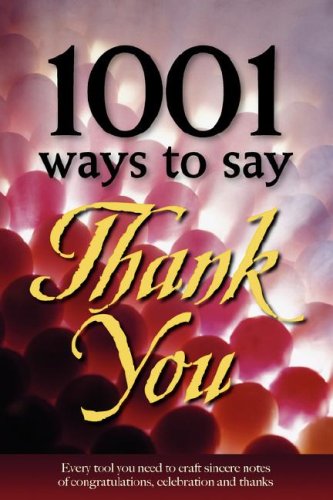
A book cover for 1001 Ways to Say Thank You; Gail Hamilton; Crafts, Hobbies & Home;